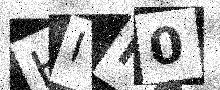
Text: HII0